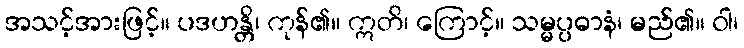
အသင့်အားဖြင့်။ ပဒဟန္တိ၊ ကုန်၏။ ဣတိ၊ ကြောင့်။ သမ္မပ္ပဓာနံ၊ မည်၏။ ဝါ၊